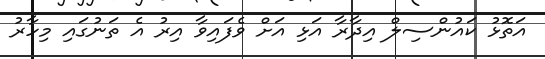
އަތޮޅު ކައުންސިލް އިދާރާ އަޅި އަށް ވެފައިވާ އިރު އެ ތަނުގައި މިހާރު